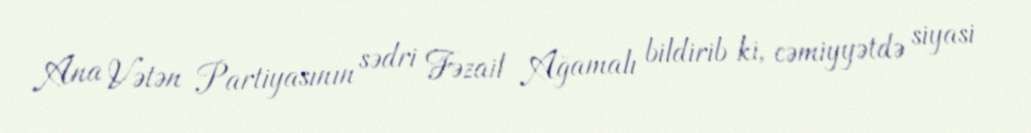
Ana Vətən Partiyasının sədri Fəzail Ağamalı bildirib ki, cəmiyyətdə siyasi